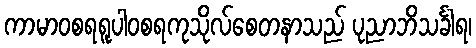
ကာမာဝစရရူပါဝစရကုသိုလ်စေတနာသည် ပုညာဘိသင်္ခါရ၊